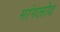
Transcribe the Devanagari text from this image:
मांगलोद